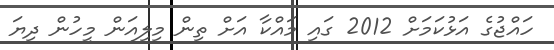
ހައްޖުގެ އަޅުކަމަށް 2012 ގައި މައްކާ އަށް ތިން މިލިއަން މީހުން ދިޔަ